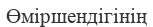
Өміршендігінің